Report on the working of the Ranchi Indian Mental Hospital, Kanke, in Bihar and Orissa - 1930-1940
Year: 1930
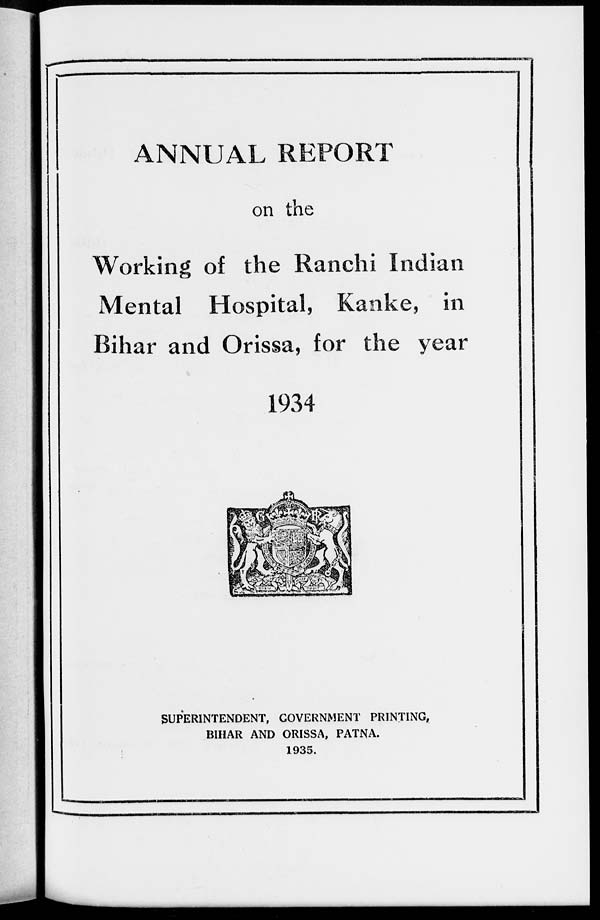
ANNUAL REPORT
on the
Working of the Ranchi Indian
Mental Hospital, Kanke, in
Bihar and Orissa, for the year
1934
SUPERINTENDENT, GOVERNMENT PRINTING,
BIHAR AND ORISSA, PATNA.
1935.